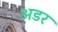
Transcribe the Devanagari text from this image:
अडर